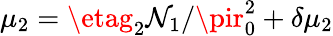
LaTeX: \mu_{2}=\etag_{2}\mathcal{N}_{1}/\pir_{0}^{2}+\delta\mu_{2}